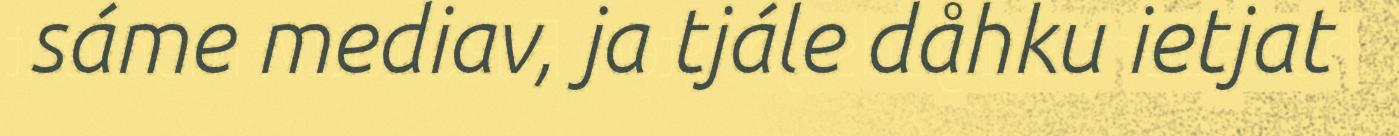
sáme mediav, ja tjále dåhku ietjat